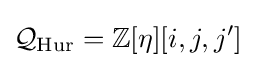
{\mathcal {Q}}_{\mathrm {Hur} }=\mathbb {Z} [\eta ][i,j,j']